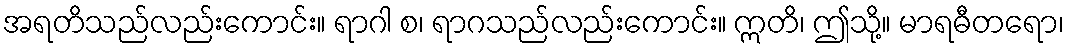
အရတိသည်လည်းကောင်း။ ရာဂါ စ၊ ရာဂသည်လည်းကောင်း။ ဣတိ၊ ဤသို့။ မာရဓီတရော၊